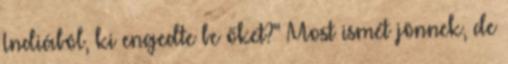
Indiából, ki engedte be őket?" Most ismét jönnek, de